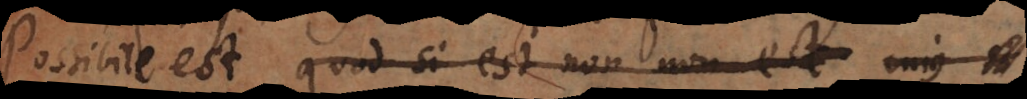
Possibile est quod si est non non-est cujus